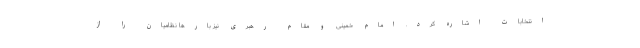
انتخابات اشاره کرد. امام خمینی و مقام رهبری نیز بارها نظامیان را از